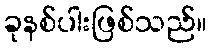
ခုနစ်ပါးဖြစ်သည်။